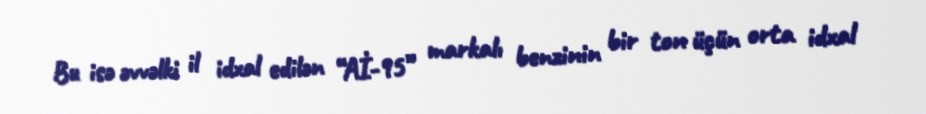
Bu isə əvvəlki il idxal edilən “Aİ-95” markalı benzinin bir ton üçün orta idxal